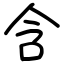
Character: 含